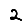
Digit: 2